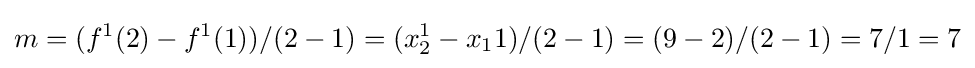
m=(f^{1}(2)-f^{1}(1))/(2-1)=(x_{2}^{1}-x_{1}{1})/(2-1)=(9-2)/(2-1)=7/1=7